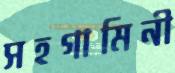
সহগামিনী